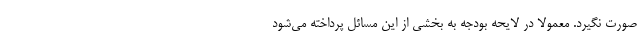
صورت نگیرد. معمولاً در لایحه بودجه به بخشی از این مسائل پرداخته می‌شود